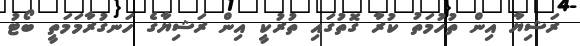
ރަޝިޔާ އިން ތުހުމަތު ކުރާ ގޮތުގައި ތުރުކީ އިން ރަޝިޔާގެ ހަނގުރާމަމަތީ ބޯޓު